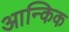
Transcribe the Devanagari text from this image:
आन्किक